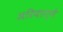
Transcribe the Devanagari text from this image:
अरियाग्ने